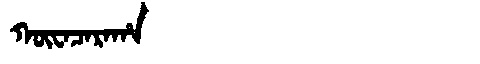
Manchu: ᡴᡡᠸᠠᠴᠠᡵᠠᡥᠠ
Romanization: KŪWACARAHA